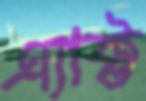
এ্যাক্ট